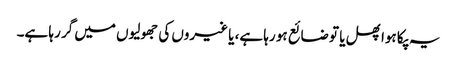
یہ پکا ہوا پھل یا تو ضائع ہو رہا ہے، یا غیروں کی جھولیوں میں گر رہا ہے۔